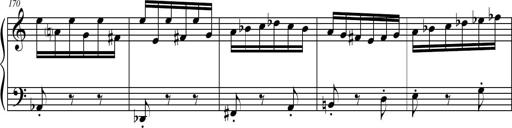
Title: Petite Sonatine
Composer: Richard St. Clair